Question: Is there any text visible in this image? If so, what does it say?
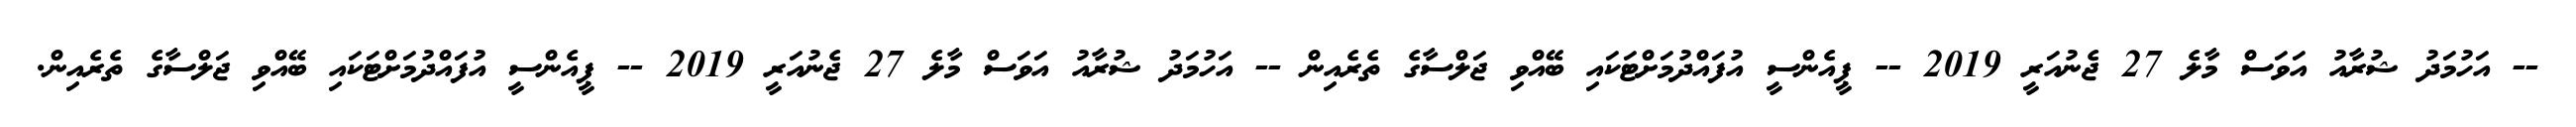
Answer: -- އަހުމަދު ޝުރާއު އަވަސް މާލެ 27 ޖެނުއަރީ 2019 -- ޕީއެންސީ އުފައްދުމަށްޓަކައި ބޭއްވި ޖަލްސާގެ ތެރެއިން -- އަހުމަދު ޝުރާއު އަވަސް މާލެ 27 ޖެނުއަރީ 2019 -- ޕީއެންސީ އުފައްދުމަށްޓަކައި ބޭއްވި ޖަލްސާގެ ތެރެއިން.